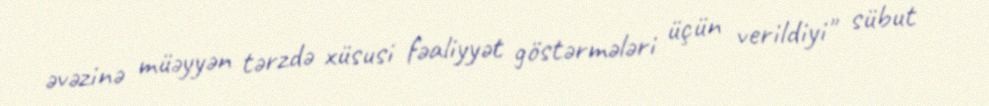
əvəzinə müəyyən tərzdə xüsusi fəaliyyət göstərmələri üçün verildiyi" sübut